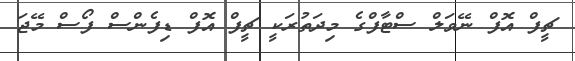
ޗީފް އޮފް ނޭވަލް ސްޓާފްގެ މިދަތުރަކީ ޗީފް އޮފް ޑިފެންސް ފޯސް މޭޖަ